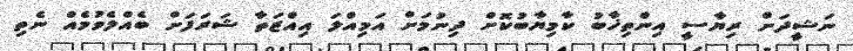
ނަޝީދަށް ރިޔާސީ އިންތިޚާބު ކާމިޔާބުކޮށް ދިނުމަށް އަމިއްލަ އިއްޒަތާ ޝަރަފަށް ބެއްލެވުމެއް ނެތި